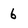
Character: 6